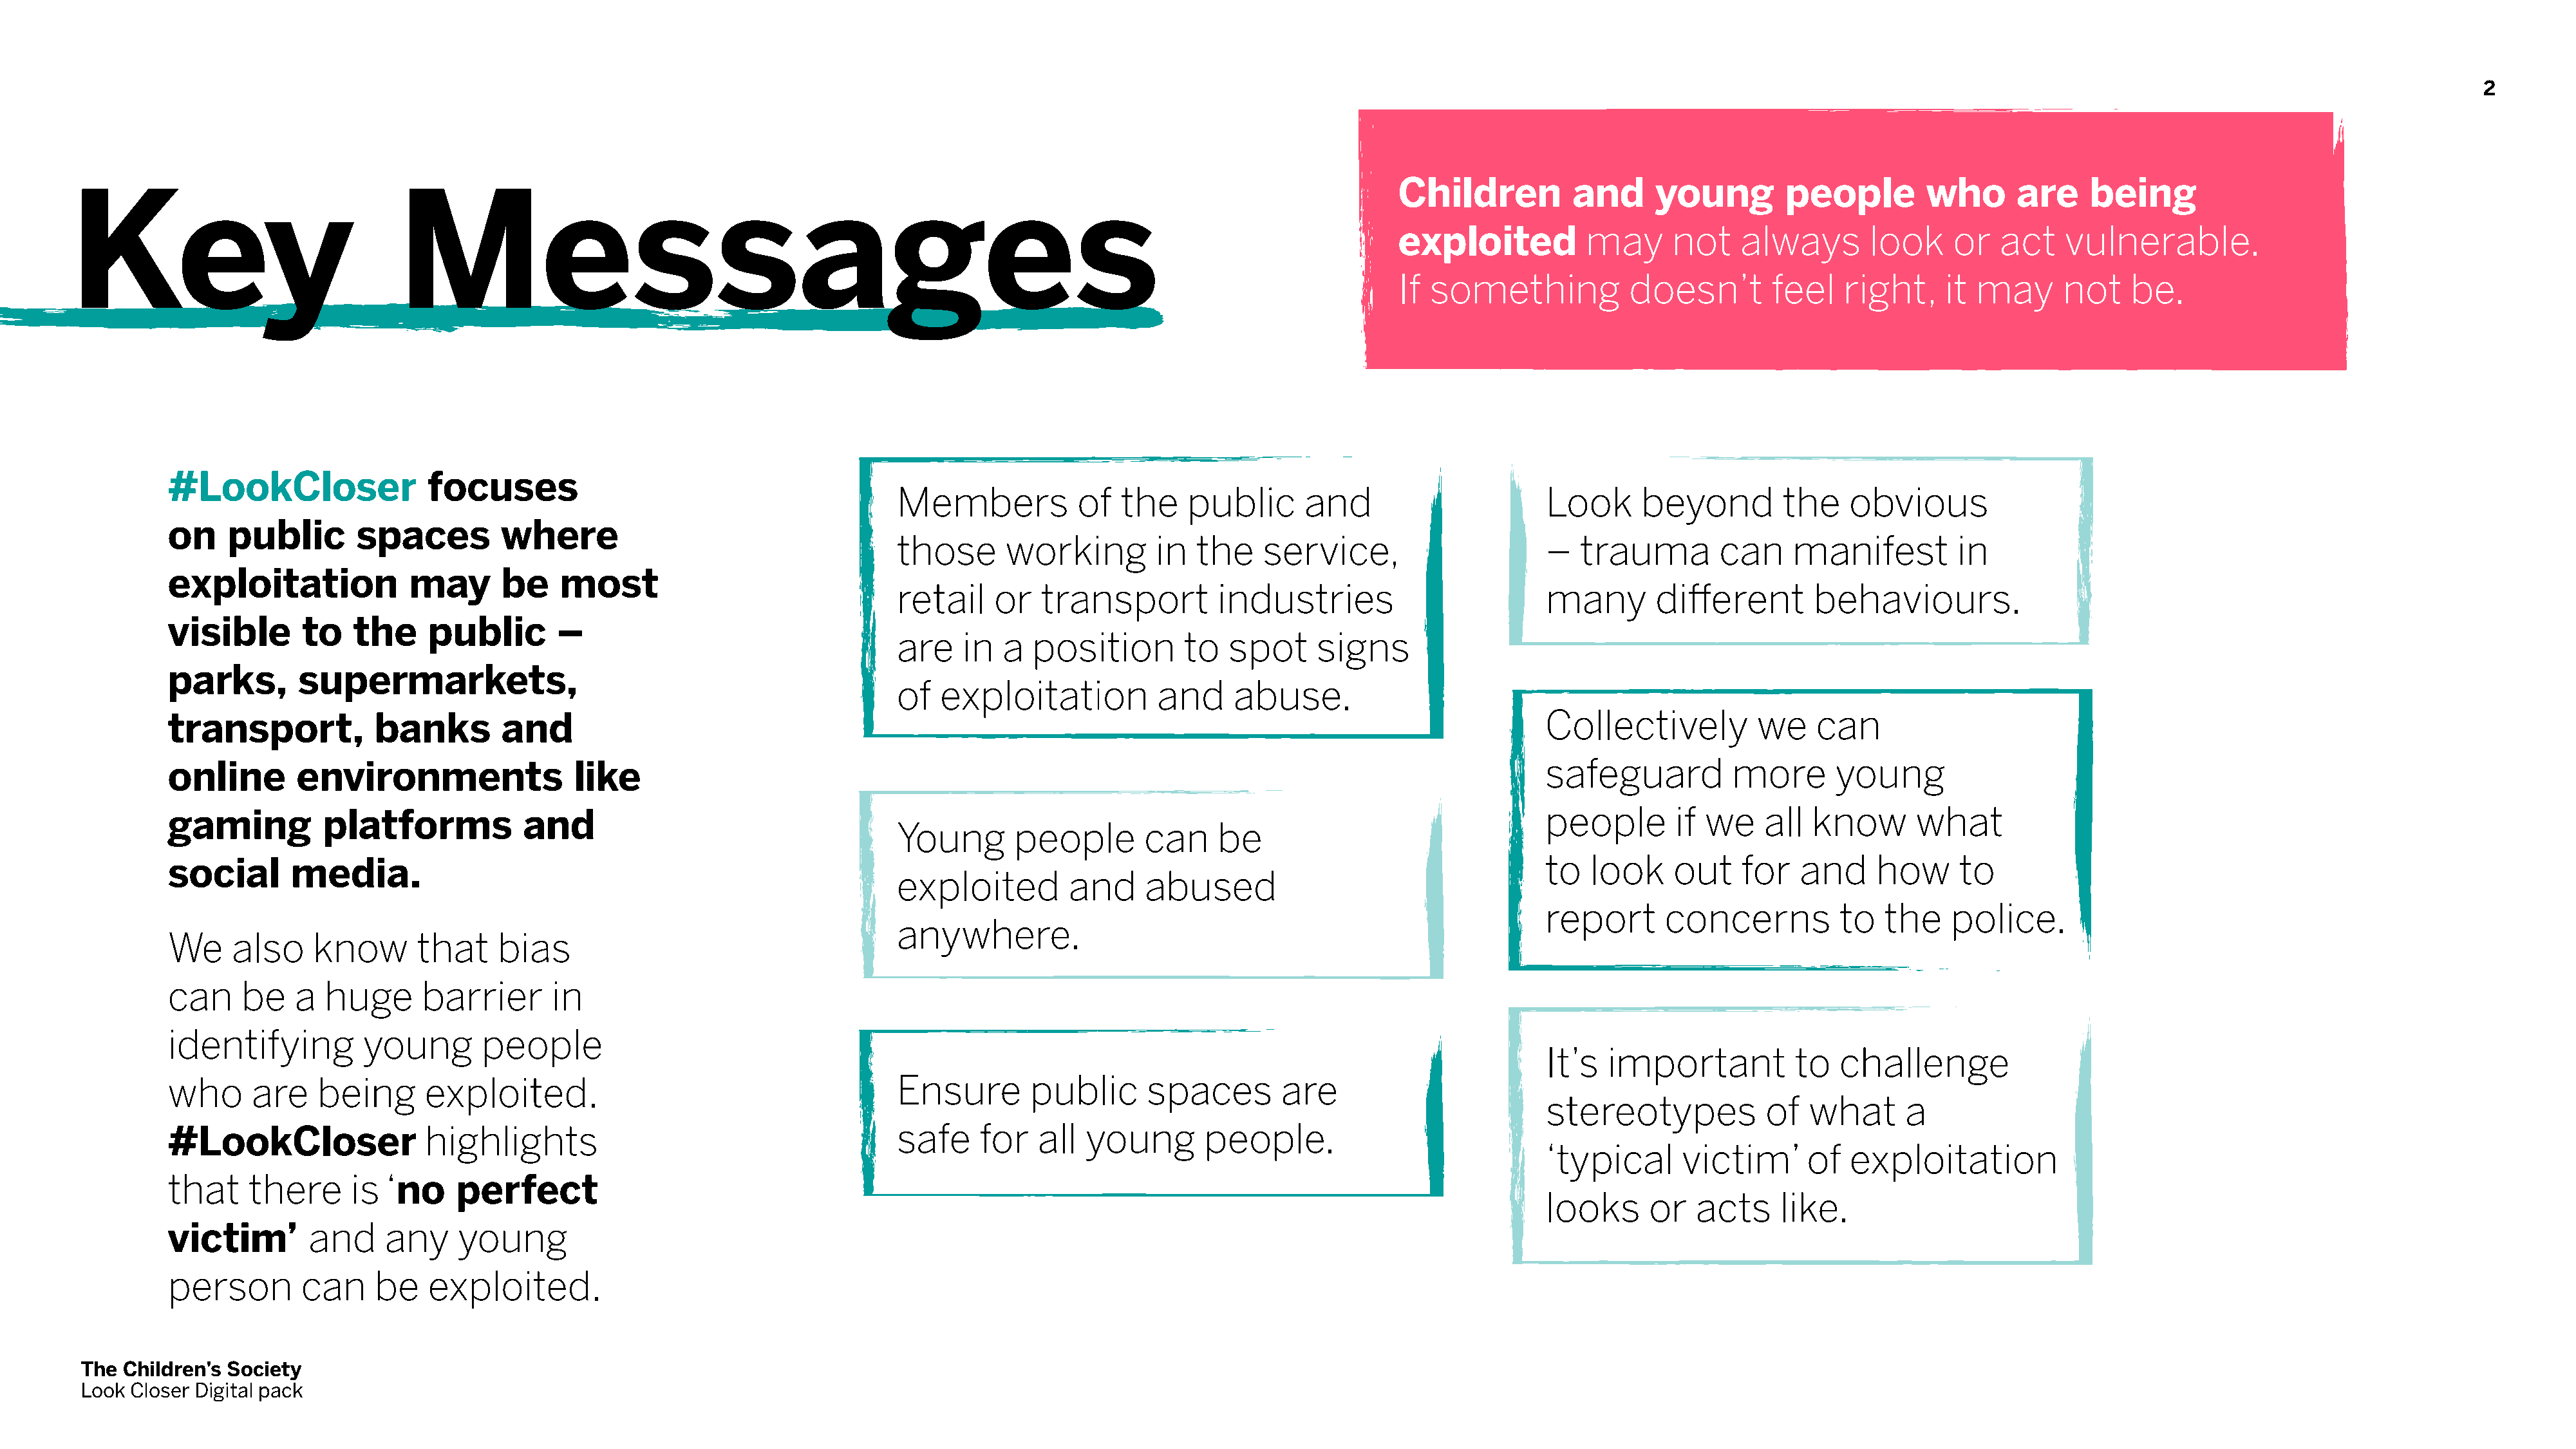
2
 Children          and     young        people         who      are     being
 Key                               Messages
 exploited          may      not    always       look     or   act   vulnerable.
 If something           doesn’t        feel    right,    it may      not    be.
 #LookCloser                focuses
 Members            of  the    public      and                      Look      beyond        the    obvious
 on    public        spaces         where
 those      working         in  the    service,                     –  trauma         can    manifest         in
 exploitation             may       be    most
 retail    or   transport         industries                        many       different       behaviours.
 visible       to   the     public       –
 are    in  a  position        to  spot     signs
 parks,        supermarkets,
 of   exploitation          and     abuse.
 transport,           banks         and                                                                                                        Collectively          we    can
 online       environments                 like                                                                                                safeguard          more       young
 gaming          platforms            and                                                                                                      people       if we    all  know       what
 Young       people        can    be
 social       media.                                                                                                                           to  look     out    for   and     how     to
 exploited         and     abused
 report      concerns          to   the    police.
 anywhere.
 We     also    know       that    bias
 can     be   a  huge      barrier       in
 identifying         young       people
 It’s  important          to   challenge
 who      are    being      exploited.                                      Ensure        public      spaces        are
 stereotypes           of   what      a
 #LookCloser                highlights                                      safe     for   all  young       people.
 ‘typical      victim’      of  exploitation
 that     there     is  ‘no    perfect
 looks      or  acts     like.
 victim’        and     any    young
 person        can    be    exploited.
 The  Children’s Society
 Look Closer Digital pack